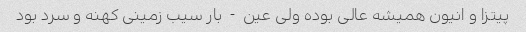
پیتزا و انیون همیشه عالی بوده ولی عین  -  بار سیب زمینی کهنه و سرد بود